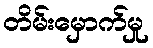
တိမ်းမှောက်မှု